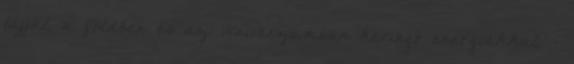
tájjal, a földben és az Univerzumban keringő energiákkal, -